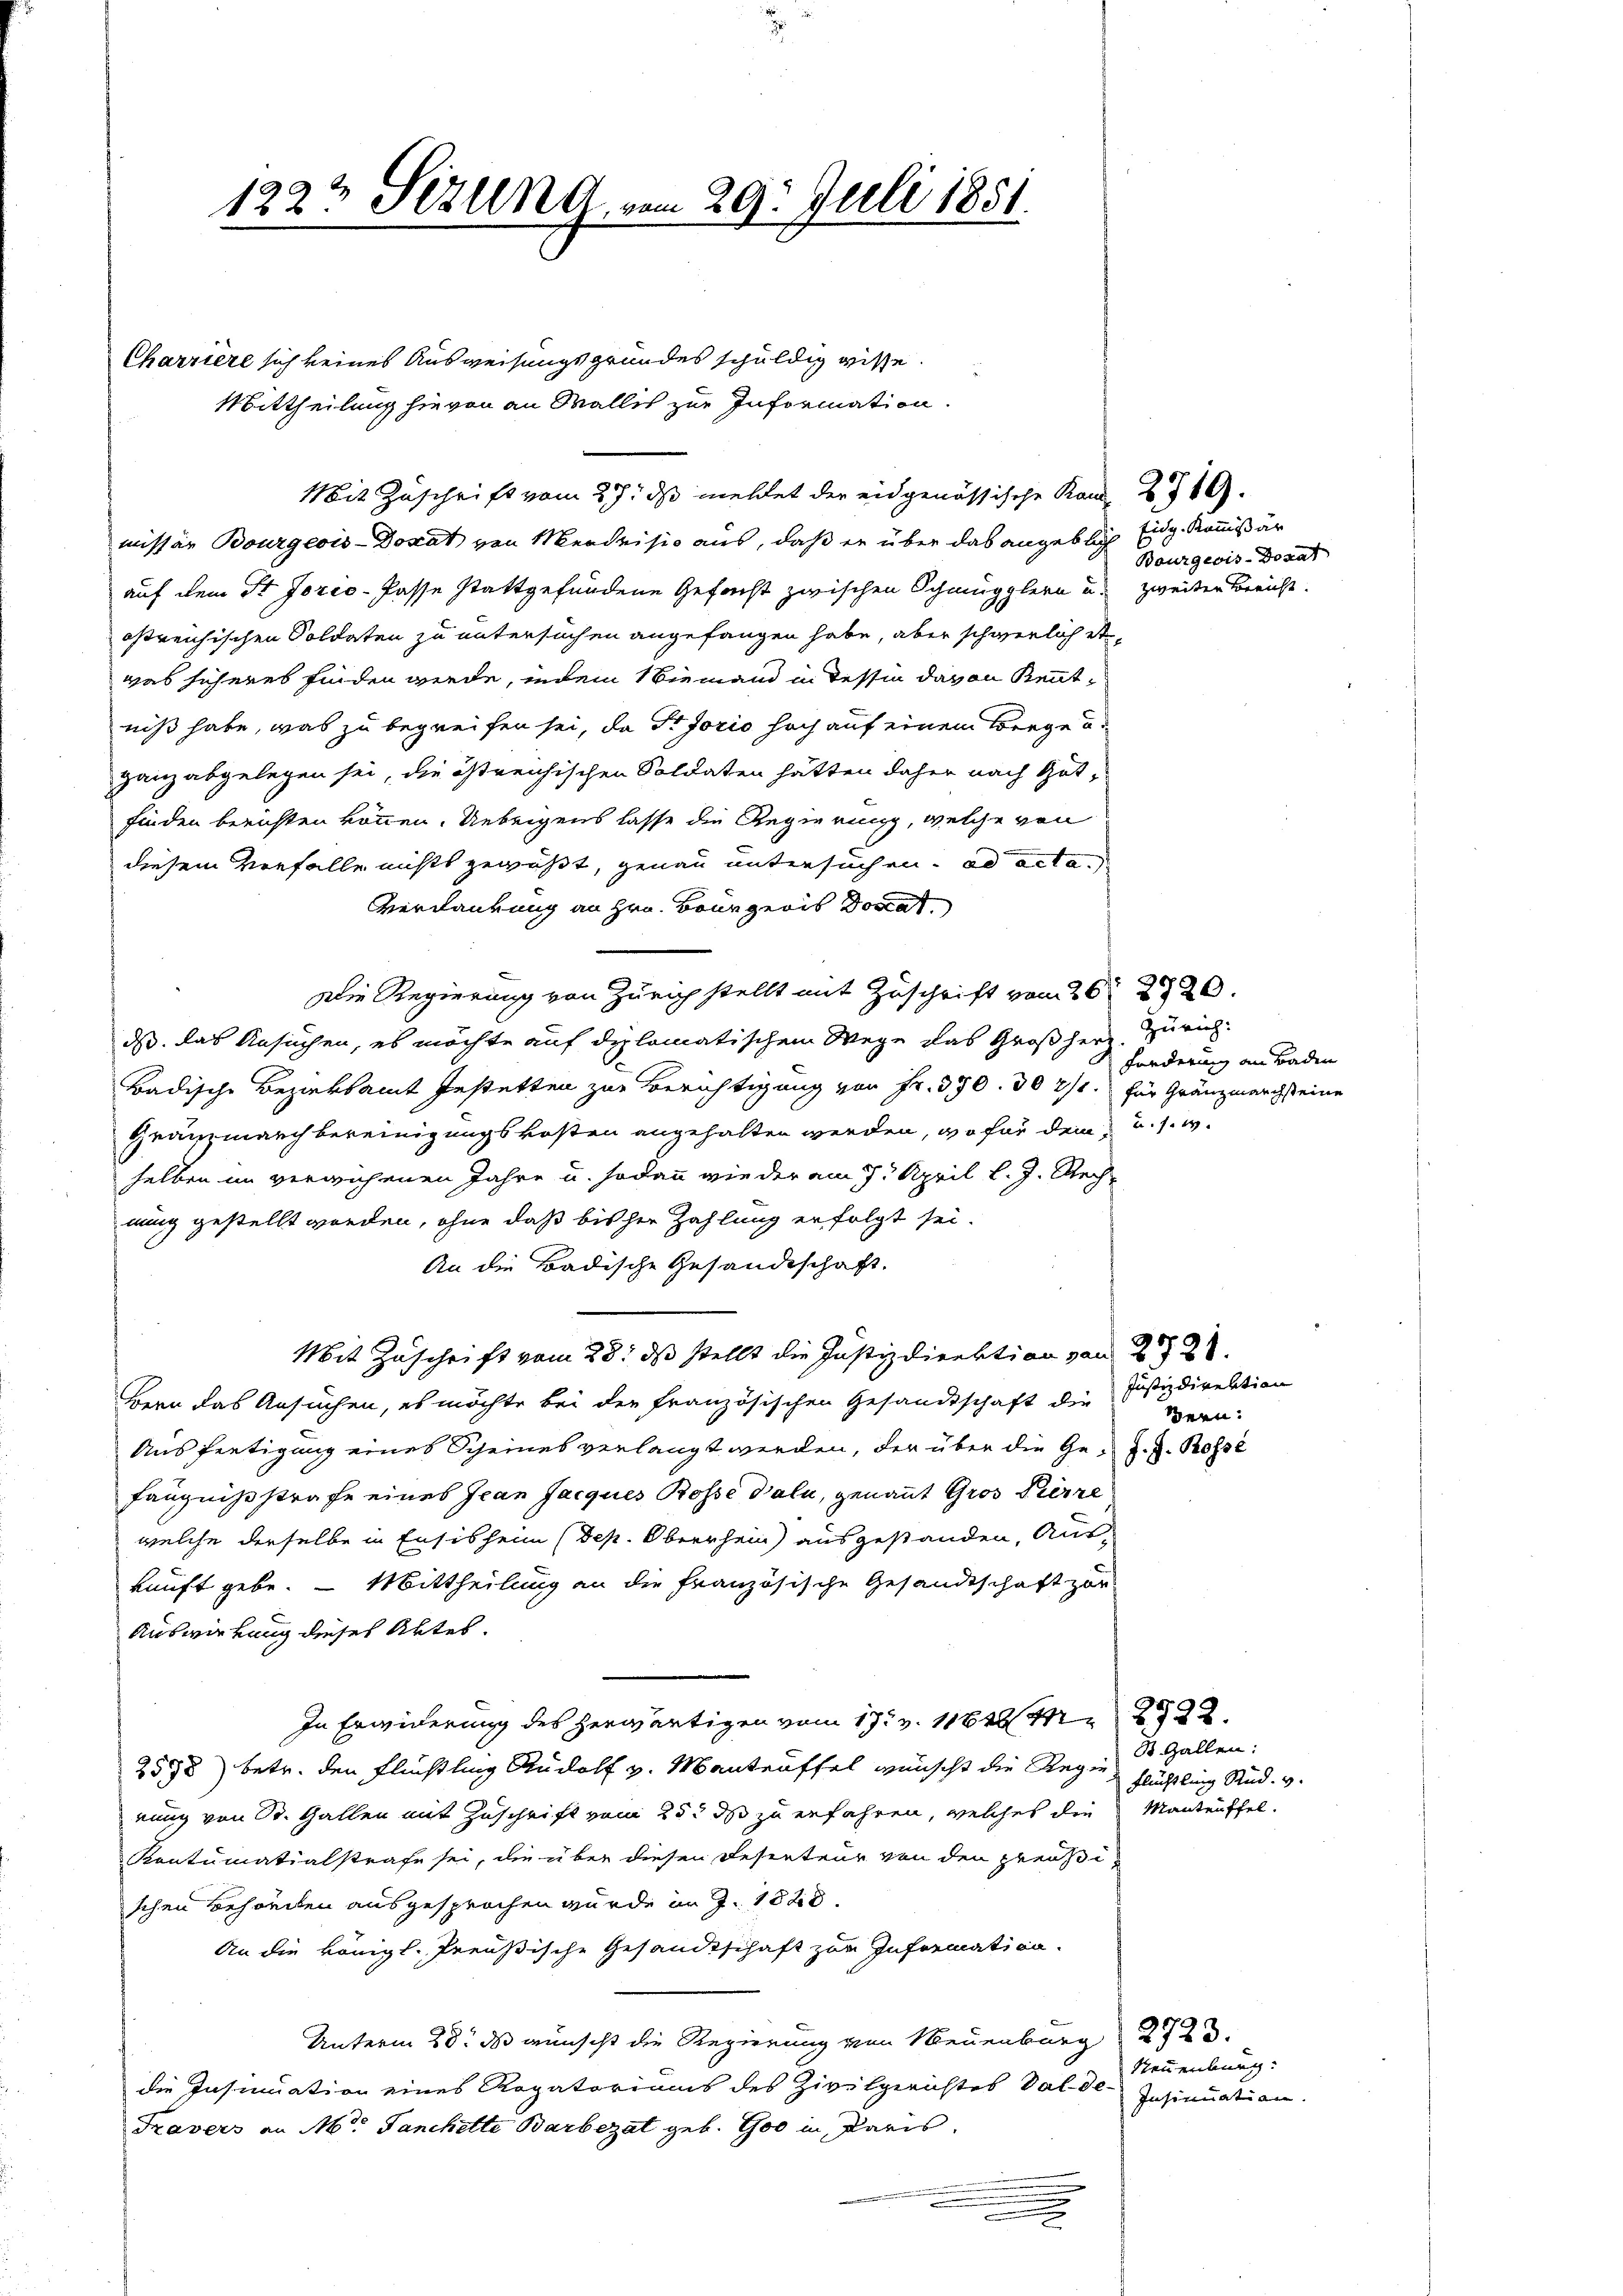
1223 Sizung vom 29. Juli 1851.

Charriere sich keines Ausweisungsgrundes schuldig wisse.
Mittheilung hievon an Wallis zur Information.
Mit Zuschrift vom 27. ds mehlet der eidgenössische Rand 219.
missär Bourgeois-Donat von Mendrisio aus, daß er über das angeblich
auf dem St. Jorco- Pässe stattgefundene Gefacht zwischen Schmugglern u. zweiten Bericht.
ostreichischen Soldaten zu untersuchen angefangen habe, aber schwerlich etwas sicheres finden werde, indem Niemand in Tessin davon Kenntniß habe, was zu begreifen sei, da Pisorio hoch auf einem Brege u.
ganz abgelegen sei, die östreichischen Soldaten hätten daher nach Gut-
finden berichten können. Uebrigens lasse die Regierung, welche von
diesem Verfalle nichts gewußt, genau untersuchen. ad acta
Verdankung an Hrn. Bourgeris Doscat
Die Regierung von Zürich stellt mit Zuschrift vom 26t 2720
ds. das Ansuchen, es möchte auf diplomatischem Wege das Großherz
Badische Bezirksamt Jestetten zur Berichtigung von Fr. 370. 307/1. für Gränzmarchsteine
Gränzmarchbereinigungskosten angehalten werden, wo für dem u. s. w.
selben im verwichenen Jahre u. sodann wie der am 7. April l. J. Rechnung gestellt worden, ohne daß bisher Zahlung erfolgt sei.
An die Badische Gesandtschaft.
Mit Zuschrift vom 28. ds stellt die Justizdirektion von 272.
Bern das Ansuchen, es möchte bei der französischen Gesandtschaft die Justizdirektion
Ausfertigung eines Scheines verlangt werden, der über die Gefängnißstrafe eines Jean Jacques Rosse dali, genannt Gros Pierre
welche derselbe in Ensis heim (Dep. Oberrhein) ausgestanden, Aus-
kunft gebe. — Mittheilung an die Französische Gesandtschaft zur
Auswirkung dieses Aktes.
In Erwiderung des herwärtigen vom 17. v. 11628 M2522.
2598) betr. den Flüchtling Rudolf v. Manteuffel wünscht die Regie
nung von St. Gallen mit Zuschrift vom 25t ds zu erfahren, welches die Manteuffel¬
Kontumatialstrafe sei, die über diesen Resenteur von den preußischen Behörden ausgesprochen wurde im J. 1828.
An die königl. Preußische Gesandtschaft zur Information.
Unterm 28. ds wünscht die Regierung von Neuenburg 2723.
die Insinuation eines Rogatoriums des Zivilgerichtes Valde Insinuation
Travers an M. Janchette Barbezat geb. Goo in daris.
e

Eidg. Kommißär
Bourgeois-Dorat

Zürich:
Forderung an Baden

ern:

J. J. Rosse

S. Gallen:
Flüchtling Rud. v.

Neuenburg: